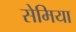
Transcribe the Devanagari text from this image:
सेमिया